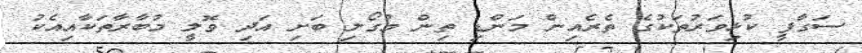
ސަގާފީ ކުޅިވަރުތަކުގެ ތެރެއިން މަންޑި ތިން މުގޯލި ބަށި އަދި ވޮލީ މުބާރާތަކާއިއެކު